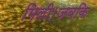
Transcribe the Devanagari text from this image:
मिली।जबकि